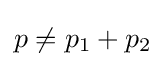
p\neq p_{1}+p_{2}